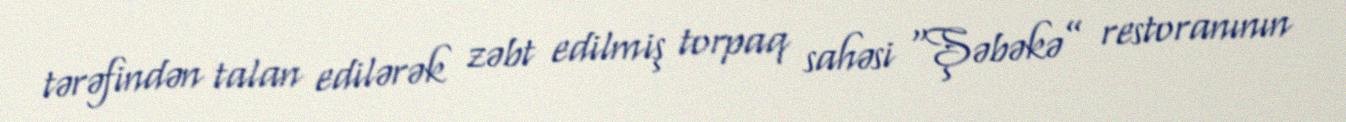
tərəfindən talan edilərək zəbt edilmiş torpaq sahəsi “Şəbəkə” restoranının